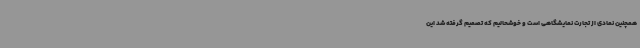
همچنین نمادی از تجارت نمایشگاهی است و خوشحالیم که تصمیم گرفته شد این